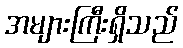
အများကြီးရှိသည်